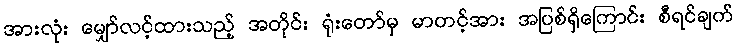
အားလုံး မျှော်လင့်ထားသည့် အတိုင်း ရုံးတော်မှ မာတင့်အား အပြစ်ရှိကြောင်း စီရင်ချက်